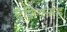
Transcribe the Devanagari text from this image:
देशिंगनाडु